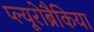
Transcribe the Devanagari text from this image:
प्ल्यूरोब्रैकिया